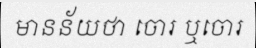
មានន័យថា ចោរ ឬចោរ